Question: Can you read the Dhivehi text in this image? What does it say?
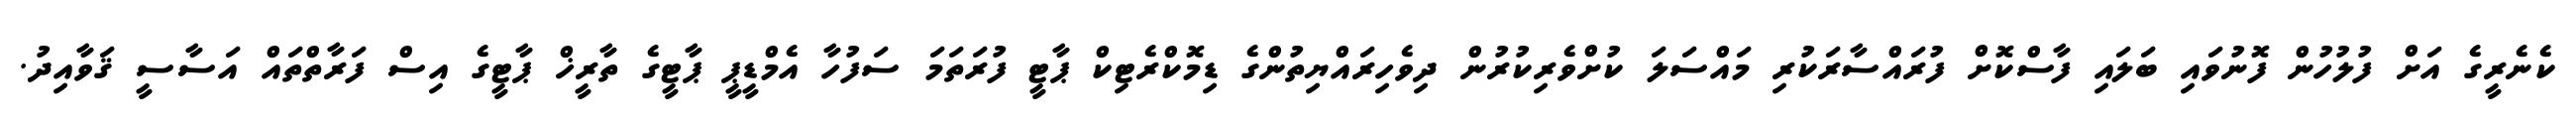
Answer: ކެނެރީގެ އަށް ފުލުހުން ފޮނުވައި ބަލައި ފާސްކޮށް ފުރައްސާރަކުރި މައްސަލަ ކުށްވެރިކުރުން ދިވެހިރައްޔިތުންގެ ޑިމޮކްރެޓިކް ޕާޓީ ފުރަތަމަ ސަފުހާ އެމްޑީޕީ ޕާޓީގެ ތާރީޚް ޕާޓީގެ އިސް ފަރާތްތައް އަސާސީ ޤަވާއިދު.